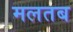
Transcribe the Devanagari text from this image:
मलतब